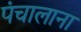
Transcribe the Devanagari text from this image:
पंचालाना